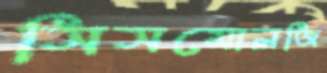
সিসমোলজি